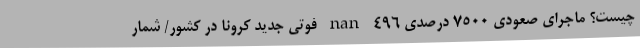
چیست؟ ماجرای صعودی 7500 درصدی nan ۴۹۶ فوتی جدید کرونا در کشور/ شمار